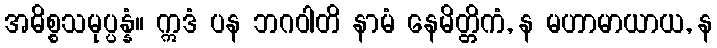
အဓိစ္စသမုပ္ပန္နံ။ ဣဒံ ပန ဘဂဝါတိ နာမံ နေမိတ္တိကံ, န မဟာမာယာယ, န